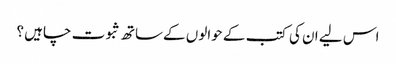
اس لیے ان کی کتب کے حوالوں کےساتھ ثبوت چاہیں ؟